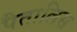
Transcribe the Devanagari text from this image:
पैतालिस